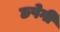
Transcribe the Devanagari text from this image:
छपेगी